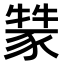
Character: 𤛚